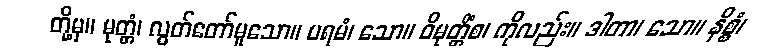
တို့မှ။ မုတ္တံ၊ လွတ်တော်မူသော။ ပရမံ၊ သော။ ဝိမုတ္တိံစ၊ ကိုလည်း။ ဒါတာ၊ သော။ နိစ္စံ၊